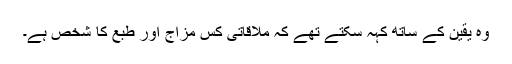
وہ یقین کے ساتھ کہہ سکتے تھے کہ ملاقاتی کس مزاج اور طبع کا شخص ہے۔